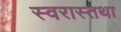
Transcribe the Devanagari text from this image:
स्वरास्तथा